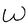
Character: W